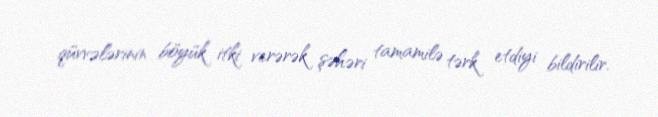
qüvvələrinin böyük itki verərək şəhəri tamamilə tərk etdiyi bildirilir.